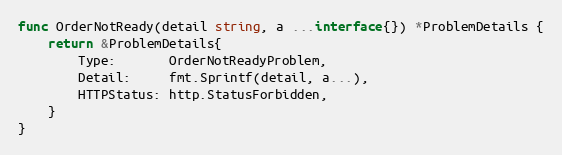
Language: Go
func OrderNotReady(detail string, a ...interface{}) *ProblemDetails {
	return &ProblemDetails{
		Type:       OrderNotReadyProblem,
		Detail:     fmt.Sprintf(detail, a...),
		HTTPStatus: http.StatusForbidden,
	}
}